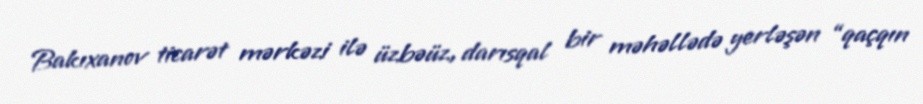
Bakıxanov ticarət mərkəzi ilə üzbəüz, darısqal bir məhəllədə yerləşən “qaçqın